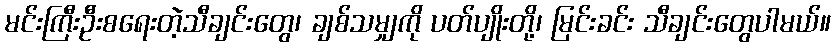
မင်းကြီးဦးစရေးတဲ့သီချင်းတွေ၊ ချစ်သမျှကို ပတ်ပျိုးတို့၊ မြင်းခင်း သီချင်းတွေပါမယ်။